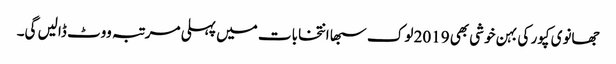
جھانوی کپور کی بہن خوشی بھی 2019 لوک سبھا انتخابات میں پہلی مرتبہ ووٹ ڈالیں گی۔